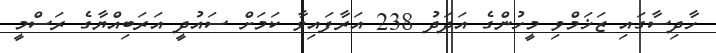
ހާދިސާގައި ޒަޚަމްވި މީހުންގެ އަދަދު 238 އަރާފައިވާ ކަމަށް ސައުދީ އަރަބިއްޔާގެ ރަސްމީ